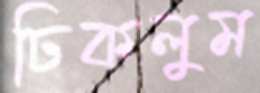
ঢিকলুম